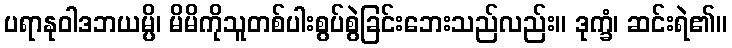
ပရာနုဝါဒဘယမ္ပိ၊ မိမိကိုသူတစ်ပါးစွပ်စွဲခြင်းဘေးသည်လည်း။ ဒုက္ခံ၊ ဆင်းရဲ၏။